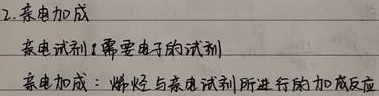
2. 亲电加成
亲电试剂（需要电子的试剂）
亲电加成：烯烃与亲电试剂所进行的加成反应